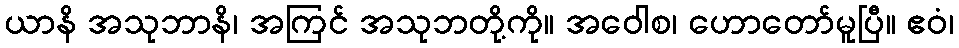
ယာနိ အသုဘာနိ၊ အကြင် အသုဘတို့ကို။ အဝေါစ၊ ဟောတော်မူပြီ။ ဧဝံ၊